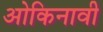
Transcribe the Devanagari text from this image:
ओकिनावी